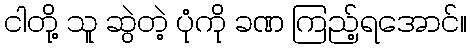
ငါတို့ သူ ဆွဲတဲ့ ပုံကို ခဏ ကြည့်ရအောင်။